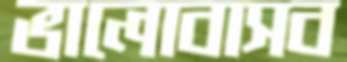
ভালোবাসব